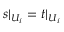
s | _ { U _ { i } } = t | _ { U _ { i } }